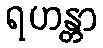
ရဟန္တာ